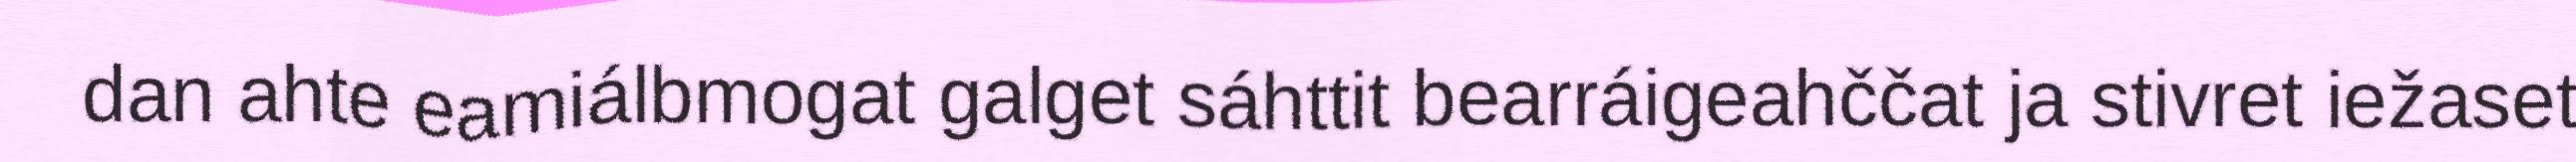
dan ahte eamiálbmogat galget sáhttit bearráigeahččat ja stivret iežaset